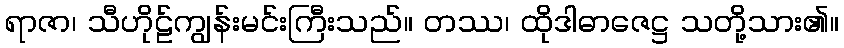
ရာဇာ၊ သီဟိုဠ်ကျွန်းမင်းကြီးသည်။ တဿ၊ ထိုဒါဓာဇေဋ္ဌ သတို့သား၏။